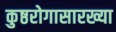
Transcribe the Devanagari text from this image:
कुष्ठरोगासारख्या